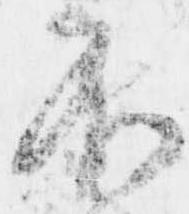
不